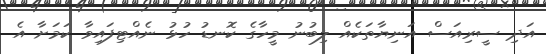
އަދި ސީރިއަސް އަނިޔާތަކެއް ލިބުނު މީހާގެ ކޮނޑު ހުޅު ނެއްޓިފައިވާ ކަމަށާ އެ